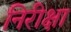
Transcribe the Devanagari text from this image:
निरीक्षा